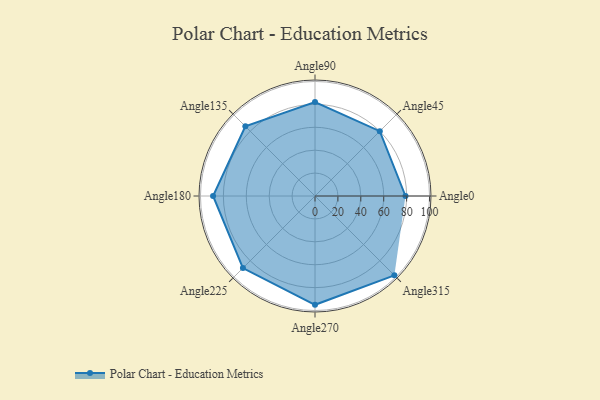
{"axis": {"x": "Angle", "y": "Radius"}, "legend": [""], "data": [{"x": "Angle0", "y": 79.0, "type": ""}, {"x": "Angle45", "y": 80.0, "type": ""}, {"x": "Angle90", "y": 82.0, "type": ""}, {"x": "Angle135", "y": 86.0, "type": ""}, {"x": "Angle180", "y": 89.0, "type": ""}, {"x": "Angle225", "y": 89.0, "type": ""}, {"x": "Angle270", "y": 95.0, "type": ""}, {"x": "Angle315", "y": 98.0, "type": ""}]}